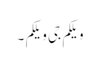
ویلکم جی ویلکم ۔